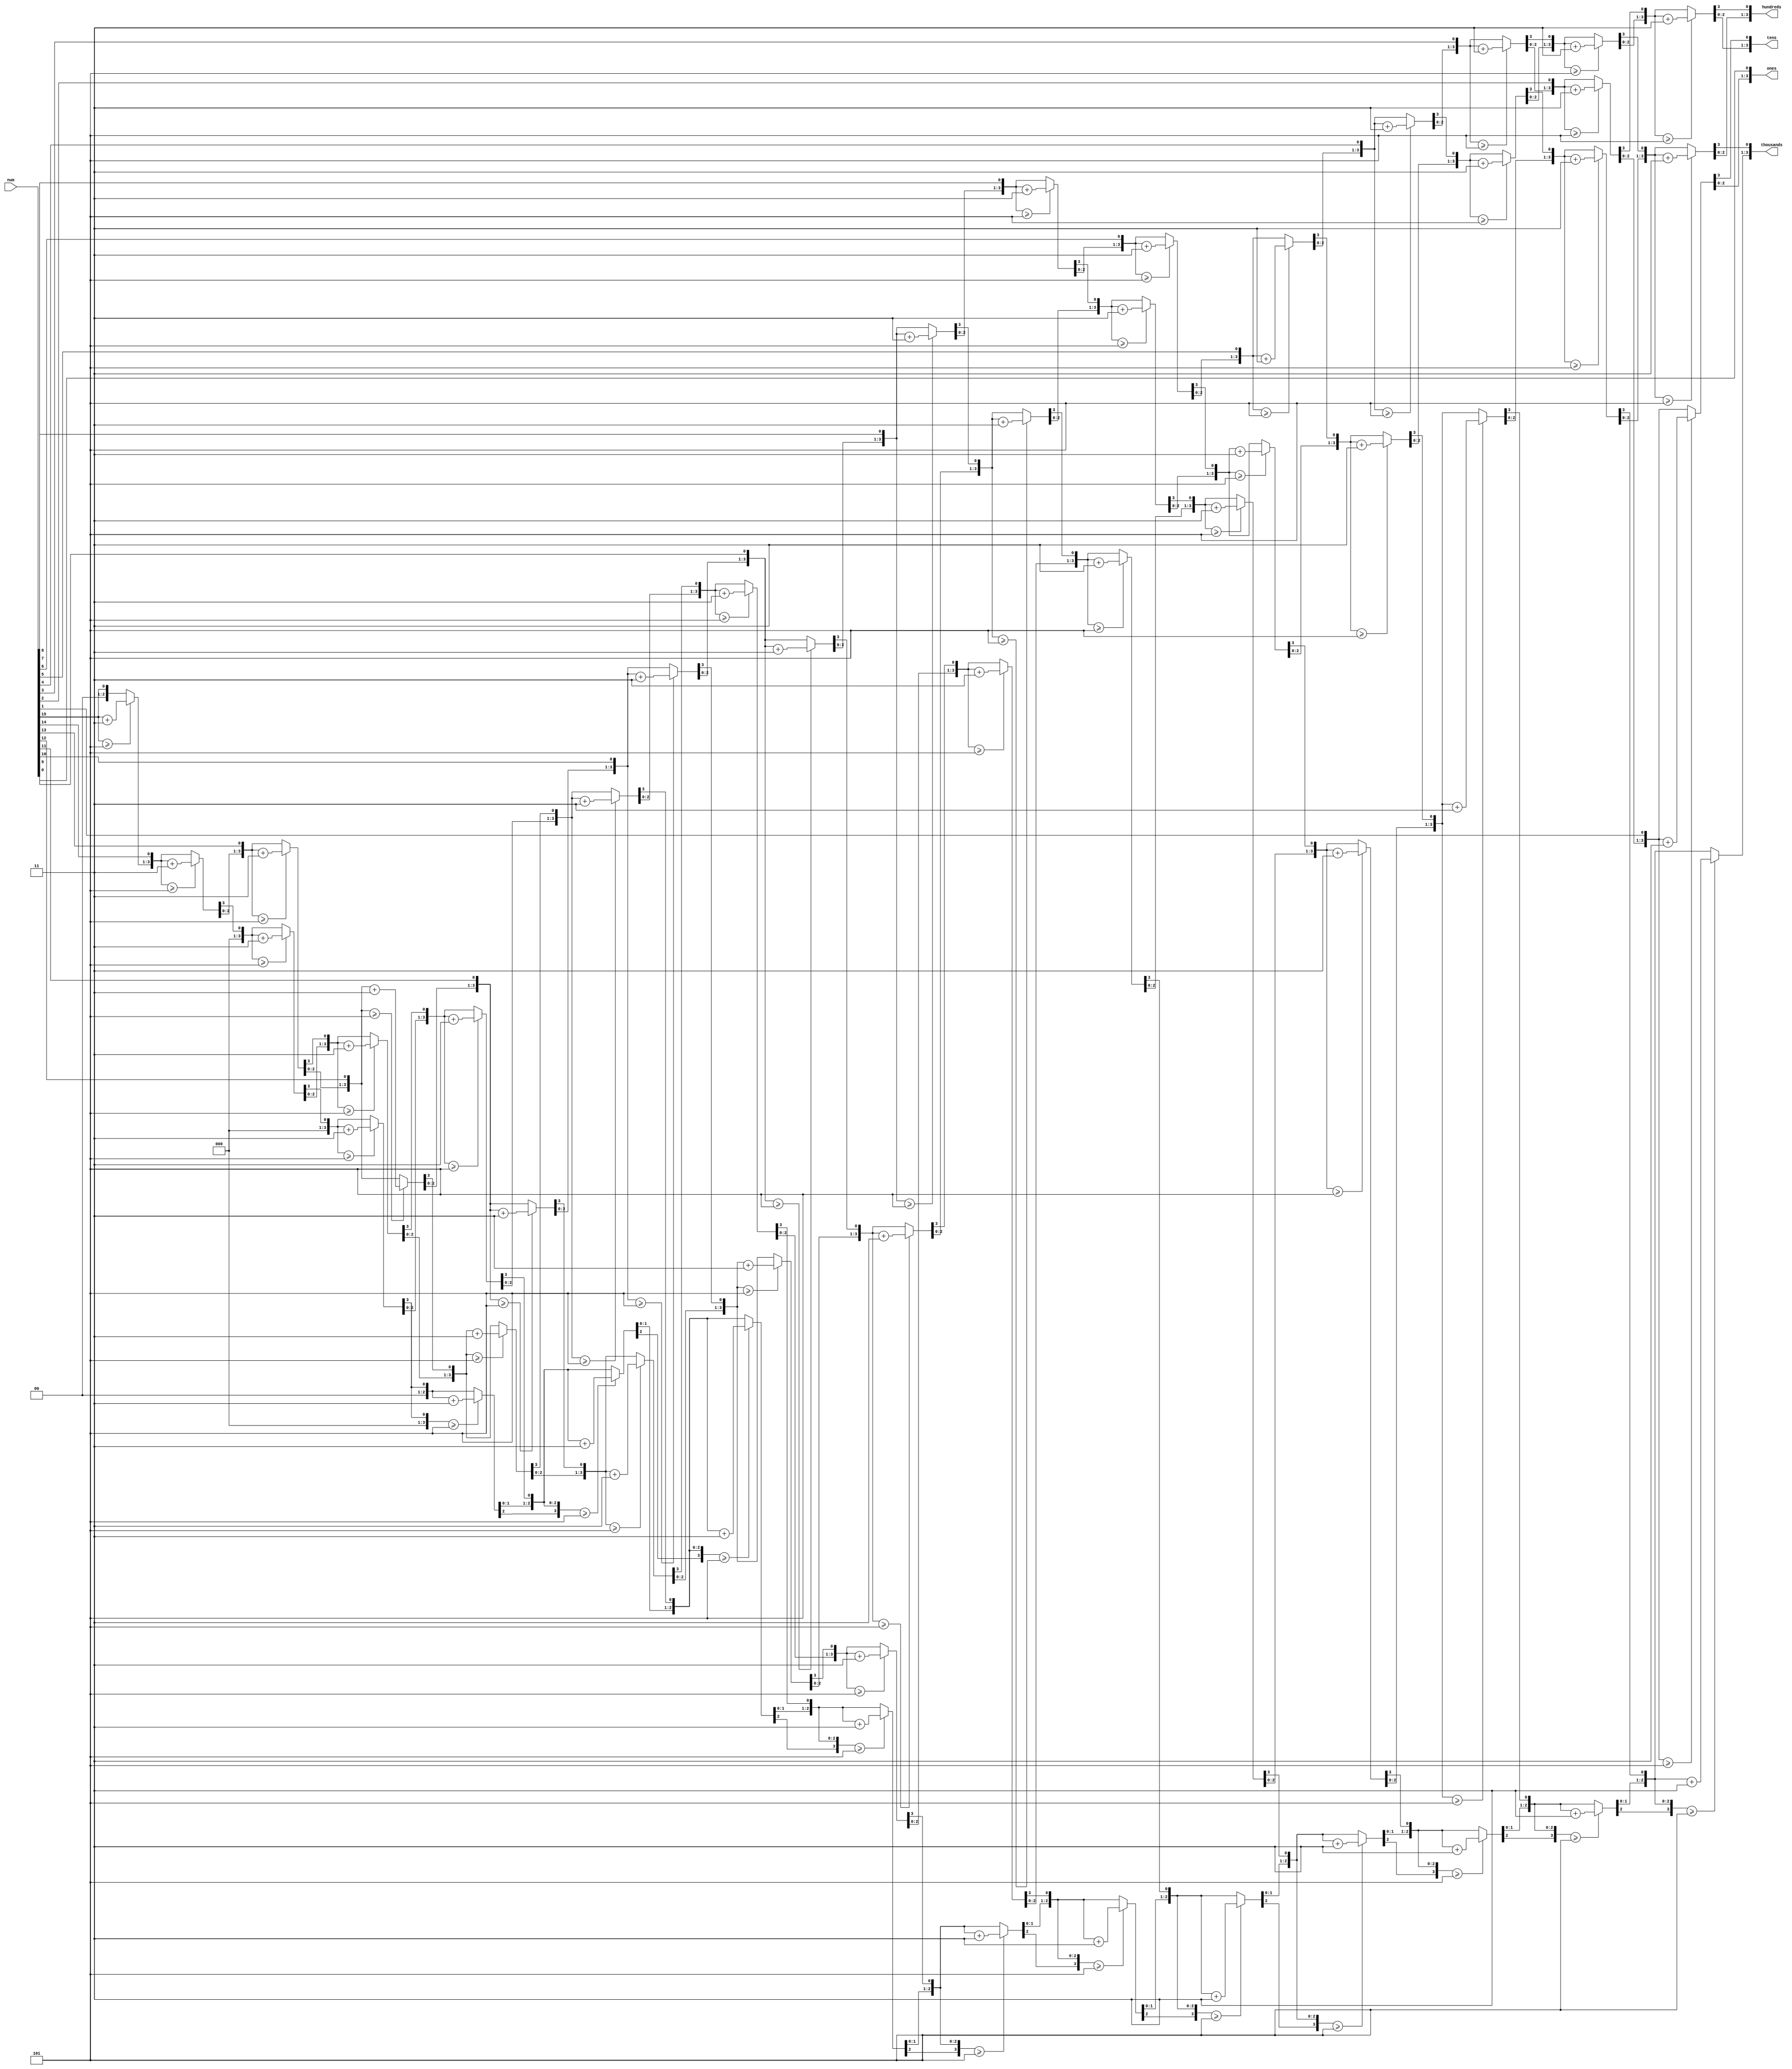
module bcd_4digit(
		input wire [15:0] num,
		output reg [3:0] thousands,
		output reg [3:0] hundreds,
		output reg [3:0] tens,
		output reg [3:0] ones);

integer i;
always @(num)
begin
thousands = 4'd0;
hundreds = 4'd0;
tens = 4'd0;
ones = 4'd0;

for(i=15;i>=0;i=i-1)
begin
	if(thousands>=5)
		thousands = thousands+3;
	if(hundreds>=5)
		hundreds = hundreds+3;
	if(tens>=5)
		tens = tens+3;
	if(ones>=5)
		ones=ones+3;
	
	thousands = thousands <<1;
	thousands[0] = hundreds[3];
	hundreds = hundreds<<1;
	hundreds[0] = tens[3];
	tens = tens<<1;
	tens[0] = ones[3];
	ones = ones<<1;
	ones[0] = num[i];
end
end
endmodule